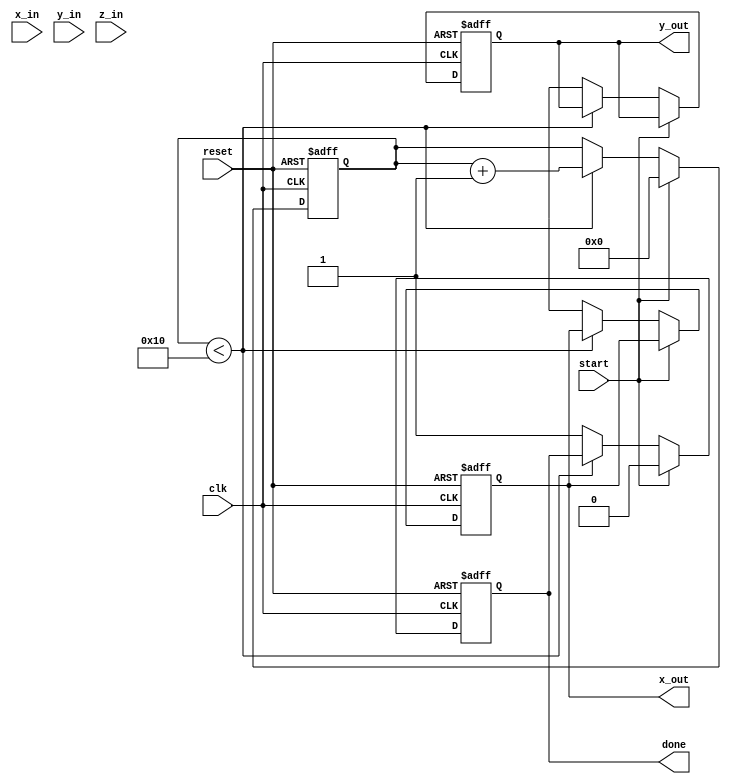
module pipeline_cordic #(parameter STAGES = 16, BIT_WIDTH = 16)(
    input wire clk,
    input wire reset,
    input wire start,
    input wire signed [BIT_WIDTH-1:0] x_in, // Initial x vector
    input wire signed [BIT_WIDTH-1:0] y_in, // Initial y vector
    input wire signed [BIT_WIDTH-1:0] z_in, // Angle input
    output reg signed [BIT_WIDTH-1:0] x_out, // Final x output
    output reg signed [BIT_WIDTH-1:0] y_out, // Final y output
    output reg done // Done signal
);

// CORDIC angle table for the first 16 iterations
reg signed [BIT_WIDTH-1:0] angle_table [0:STAGES-1];
initial begin
    angle_table[0] = 16'h4000; // 45 degrees in Q1.15 format
    angle_table[1] = 16'h2000; // 26.565 degrees
    angle_table[2] = 16'h1000; // 14.036 degrees
    angle_table[3] = 16'h0800; // 7.125 degrees
    angle_table[4] = 16'h0400; // 3.576 degrees
    angle_table[5] = 16'h0200; // 1.789 degrees
    angle_table[6] = 16'h0100; // 0.895 degrees
    angle_table[7] = 16'h0080; // 0.447 degrees
    angle_table[8] = 16'h0040; // 0.223 degrees
    angle_table[9] = 16'h0020; // 0.112 degrees
    angle_table[10] = 16'h0010; // 0.056 degrees
    angle_table[11] = 16'h0008; // 0.028 degrees
    angle_table[12] = 16'h0004; // 0.014 degrees
    angle_table[13] = 16'h0002; // 0.007 degrees
    angle_table[14] = 16'h0001; // 0.003 degrees
    angle_table[15] = 16'h0000; // 0 degrees
end

reg signed [BIT_WIDTH-1:0] x_reg [0:STAGES-1];
reg signed [BIT_WIDTH-1:0] y_reg [0:STAGES-1];
reg signed [BIT_WIDTH-1:0] z_reg [0:STAGES-1];
reg [3:0] stage;

always @(posedge clk or posedge reset) begin
    if (reset) begin
        x_out <= 0;
        y_out <= 0;
        stage <= 0;
        done <= 0;
    end else if (start) begin
        // Initialize first stage
        x_reg[0] <= x_in;
        y_reg[0] <= y_in;
        z_reg[0] <= z_in;
        stage <= 0;
        done <= 0;
    end else if (stage < STAGES) begin
        // Perform CORDIC rotation
        if (z_reg[stage][BIT_WIDTH-1] == 1'b0) begin
            // Rotation
            x_reg[stage+1] <= x_reg[stage] - (y_reg[stage] >>> stage);
            y_reg[stage+1] <= y_reg[stage] + (x_reg[stage] >>> stage);
            z_reg[stage+1] <= z_reg[stage] - angle_table[stage];
        end else begin
            // Rotation in the opposite direction
            x_reg[stage+1] <= x_reg[stage] + (y_reg[stage] >>> stage);
            y_reg[stage+1] <= y_reg[stage] - (x_reg[stage] >>> stage);
            z_reg[stage+1] <= z_reg[stage] + angle_table[stage];
        end

        // Move to the next stage
        stage <= stage + 1;
    end else begin
        // Final output assignment
        x_out <= x_reg[STAGES];
        y_out <= y_reg[STAGES];
        done <= 1; // Indicate completion
    end
end

endmodule